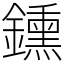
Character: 鑂